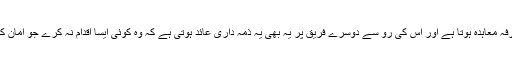
یہ امان دو طرفہ معاہدہ ہوتا ہے اور اس کی رو سے دوسرے فریق پر یہ بھی یہ ذمہ داری عائد ہوتی ہے کہ وہ کوئی ایسا اقدام نہ کرے جو امان کے خلاف ہو ۔